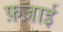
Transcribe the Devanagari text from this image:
फ़ज़ाई